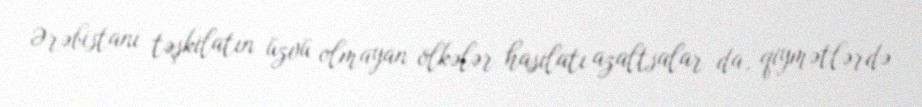
Ərəbistanı təşkilatın üzvü olmayan ölkələr hasilatı azaltsalar da, qiymətlərdə